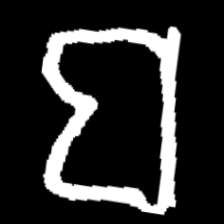
Pyu character \u2014 Myanmar letter: ဗ (romanized: ba)